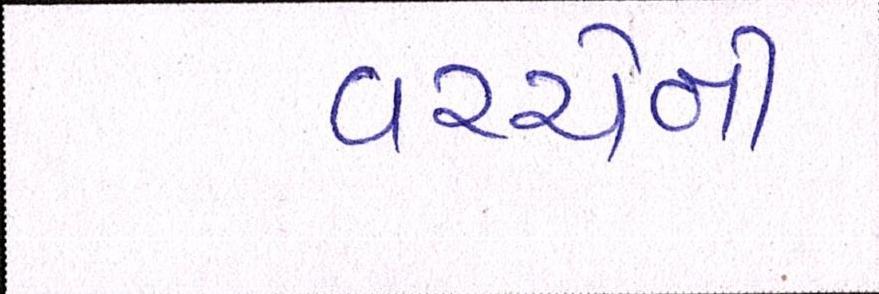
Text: વચ્ચેની